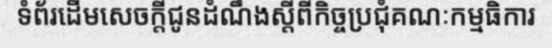
ទំព័រដើមសេចក្តីជូនដំណឹងស្តីពីកិច្ចប្រជុំគណៈកម្មធិការ